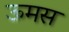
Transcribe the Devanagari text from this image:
ऊमस